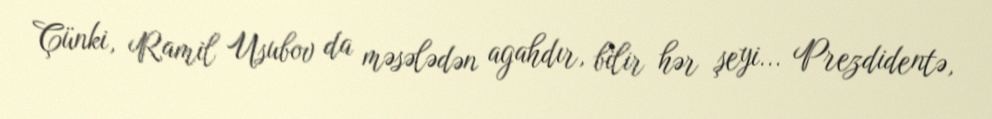
Çünki, Ramil Usubov da məsələdən agahdır, bilir hər şeyi... Prezdidentə,